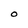
Character: O